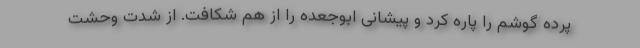
پرده گوشم را پاره کرد و پیشانی ابوجعده را از هم شکافت. از شدت وحشت